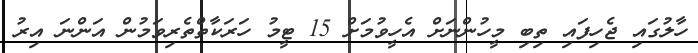
ހާލުގައި ޖެހިފައި ތިބި މީހުންނަށް އެހީވުމަށް 15 ޓީމު ހަރަކާތްތެރިވަމުން އަންނަ އިރު